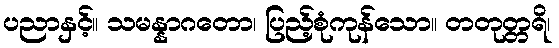
ပညာနှင့်။ သမန္နာဂတော၊ ပြည့်စုံကုန်သော။ တတုတ္တရိ၊